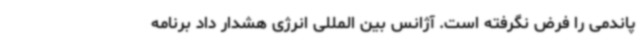
پاندمی را فرض نگرفته است. آژانس بین المللی انرژی هشدار داد برنامه